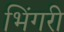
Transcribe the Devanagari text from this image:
भिंगरी